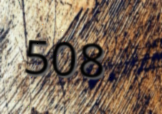
508